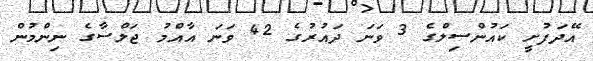
އޭދަފުށީ ކައުންސިލްގެ 3 ވަނަ ދައުރުގެ 42 ވަނަ އާއްމު ޖަލްސާގެ ނިންމުން